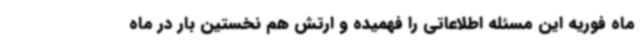
ماه فوریه این مسئله اطلاعاتی را فهمیده و ارتش هم نخستین بار در ماه